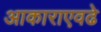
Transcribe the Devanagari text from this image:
आकाराएवढे